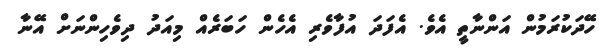
ހޭދަކުރަމުން އަންނާތީ އެވެ. އެފަދަ އުފާވެރި އެހެން ހަބަރެއް މިއަދު ދިވެހިންނަށް އޭނާ